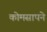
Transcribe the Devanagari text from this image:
कोमसापने